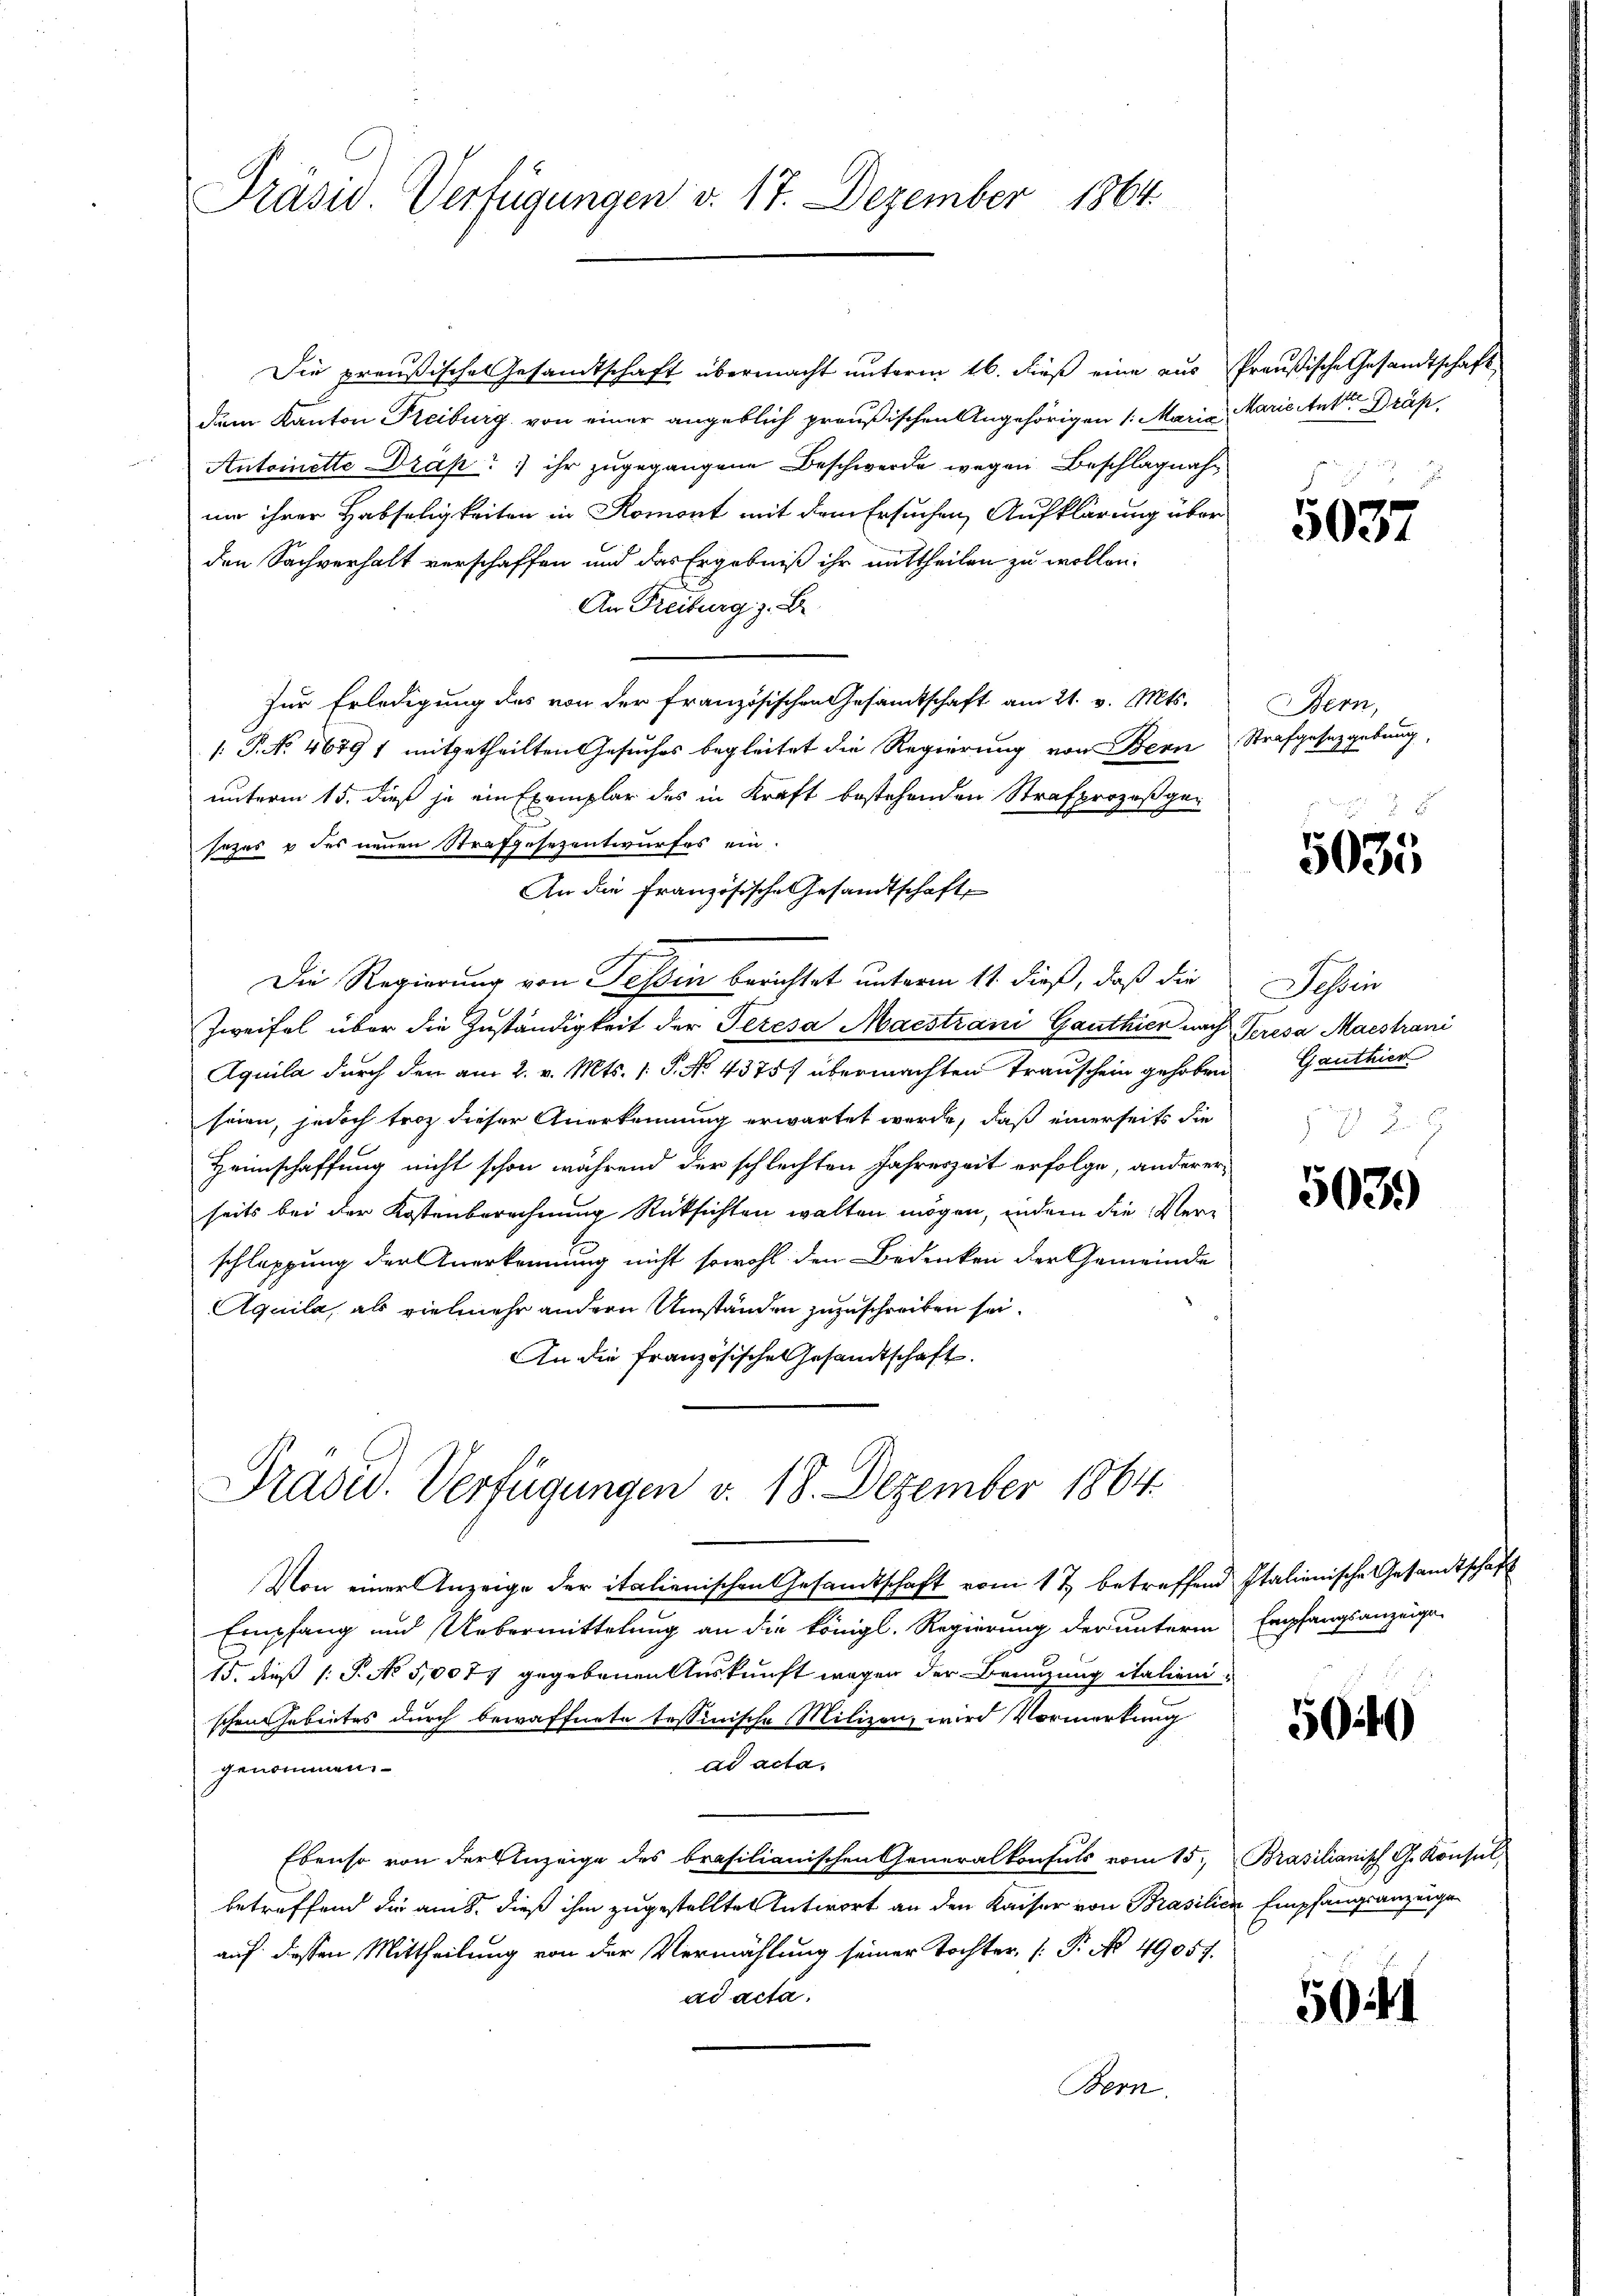
Präsu. Verfügungen d. 17. Dezember 1864.

Präsu. Verfügungen v. 18. Dezember 1864.

Die preußische Gesandtschaft übermacht unterm 16. dieß eine aus Preußische Gesandtschaft
dem Kanton Freiburg von einer angeblich preußischen Angehörigen 1. Maria Marient Dräp
Antoinette Drak ihr zugegangene Beschwerde wegen Beschlagnahum ihrer Habseligkeiten in Romont mit dem Ersuchen Aufklärung über
den Sachverhalt verschaffen und das Ergebniß ihr mittheilen zu wollen.
An Freiburg z. B.
Zur Erledigung des von der Französischen Gesamtschaft am 21. v. Mts.
/: P. No 46791 mitgetheilten Gesuches begleitet die Regierung von Bern Strafgesetzgebung,
unterm 15. dieß je ein Exemplar des in Kraft bestehenden Strafprozeß gen
sezes & des neuen Strafgesezentwurfes ein.
An die Französische Gesandtschaft
Die Regierung von Tessin berichtet unterm 11. dieß, daß die
Zweifel über die Zuständigkeit der Peresa Maestrani Ganthier nach Peresa Maestrani
Aquila durch den am 2. v. Mts. 1 S. No. 4375/ übermachten Transchein gehoben Ganthier
seien, jedoch troz dieser Anerkennung erwartet werde, daß einerseits die
Heimschaffung nicht schon während der schlechten Jahreszeit erfolge, andererseits bei der Kostenberechnung Rücksichten walten mögen, indem die Verschleppung der Anerkennung nicht sowohl den Bedenken der Gemeinde
Aquila, als vielmehr andern Umständen zuzuschreiben sei.
An die französische Gesandtschaft.

Von einer Anzeige der italienischen Gesandtschaft vom 17 betreffend Italienische Gesandtschaft
Empfang und Uebermittelung an die königl. Regierung der unterm Empfangsanzeige
15. dieß (: P. No 5,0077 gegebenen Auskunft wegen der Beenzung italienischen Gebietes durch bewaffnete tessinische Milizen, wird Vormerkung
ad acta.
genommen.
Ebenso von der Anzeige des brasilianischen Generalkonsuls vom 15. Brasilianisch G. Konsul,
betreffend die aus, dieß ihm zugestellten Antwort an den Kaiser von Brasilien Empfangsanzeige
auf diessen Mittheilung von der Vermählung seiner Tochter, Pr. No. 49057.
ad acta.
Bern.

5037

Bern,

5035

Schen
 27

503.)

5040

501